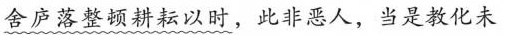
舍庐落整顿耕耘以时，此非恶人，当是教化未